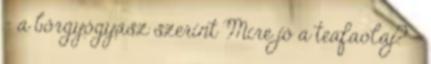
– a bőrgyógyász szerint Mire jó a teafaolaj? –